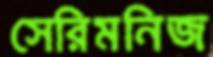
সেরিমনিজ